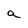
Character: a